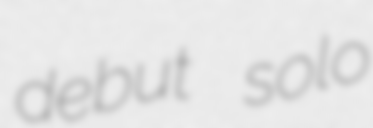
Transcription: debut solo